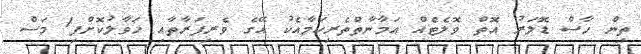
ތިން ހާސް ޑޮލަރު އޮތް ވޮލެޓެއް އަމާނާތްތެރިކަމާއެކު އޭގެ ވެރިފަރާތާއި ހަވާލުކޮށްފި1 މަސް